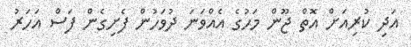
އަދި ކުރިއަށް އޮތް ޖޫން މަހުގެ އެއްވަނަ ދުވަހުން ފެށިގެން ފަސް އަހަރު